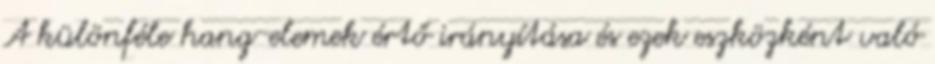
A különféle hang-elemek értő irányítása és ezek eszközként való